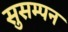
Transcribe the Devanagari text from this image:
सुसम्पन